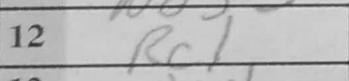
Transcription: Rc1